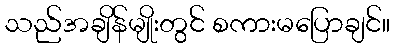
သည်အချိန်မျိုးတွင် စကားမပြောချင်။